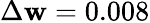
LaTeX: \Delta\mathbf{w}=0.008